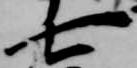
七